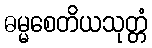
ဓမ္မစေတိယသုတ္တံ